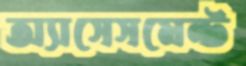
অ্যাসেসমেন্ট